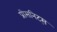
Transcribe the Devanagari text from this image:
प्रीसनिट्स